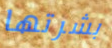
بشرتها